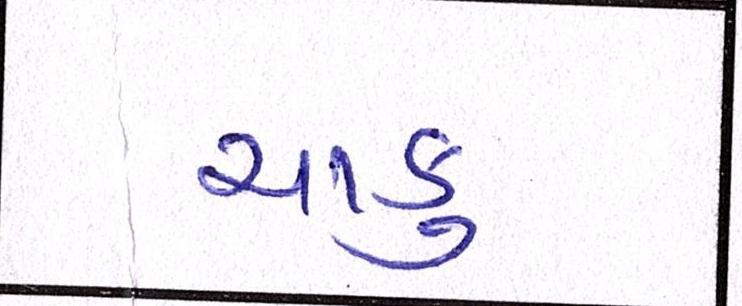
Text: ચાકુ